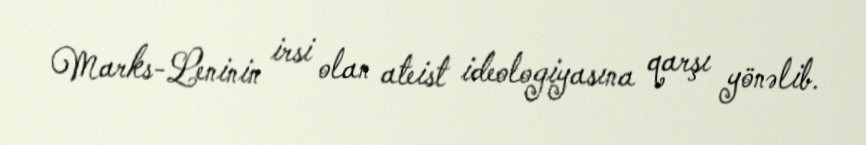
Marks-Leninin irsi olan ateist ideologiyasına qarşı yönəlib.